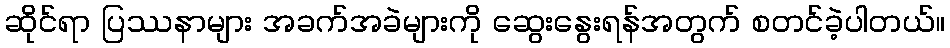
ဆိုင်ရာ ပြဿနာများ အခက်အခဲများကို ဆွေးနွေးရန်အတွက် စတင်ခဲ့ပါတယ်။